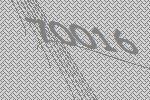
70016